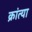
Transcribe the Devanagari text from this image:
क्रांत्या